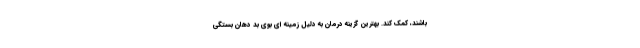
باشند، کمک کند. بهترین گزینه درمان به دلیل زمینه ای بوی بد دهان بستگی